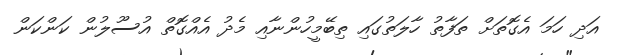
އަދި ހަމަ އެގޮތަށް ތަފާތު ހާލަތުގައި ތިބޭމީހުންނާއި މެދު އެއްގޮތް އުސޫލުން ކަންކަން